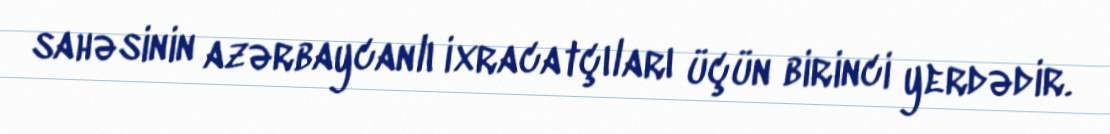
sahəsinin azərbaycanlı ixracatçıları üçün birinci yerdədir.